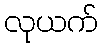
လုယက်